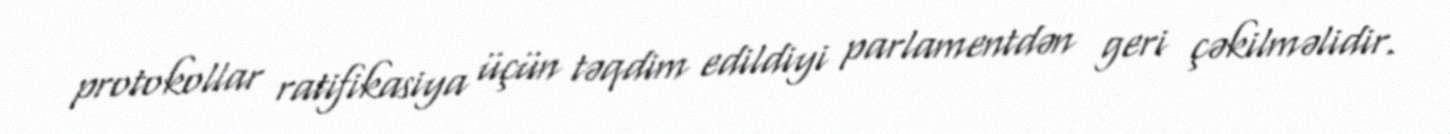
protokollar ratifikasiya üçün təqdim edildiyi parlamentdən geri çəkilməlidir.